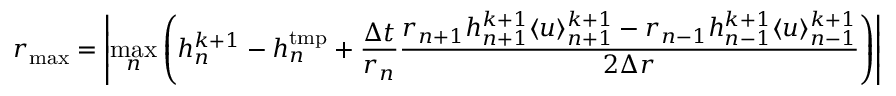
r _ { \mathrm { m a x } } = \left| \underset { n } { \operatorname* { m a x } } \left( h _ { n } ^ { k + 1 } - h _ { n } ^ { \mathrm { t m p } } + \frac { \Delta t } { r _ { n } } \frac { r _ { n + 1 } h _ { n + 1 } ^ { k + 1 } \langle u \rangle _ { n + 1 } ^ { k + 1 } - r _ { n - 1 } h _ { n - 1 } ^ { k + 1 } \langle u \rangle _ { n - 1 } ^ { k + 1 } } { 2 \Delta r } \right) \right|